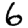
Digit: 6